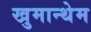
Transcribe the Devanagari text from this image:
खुमान्थेम